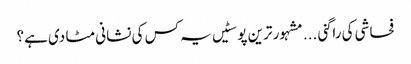
فحاشی کی راگنی ...	مشہور ترین پوسٹیں	یہ کس کی نشانی مٹا دی ہے؟